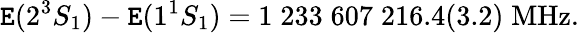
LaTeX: \mathtt{E}(2^{3}S_{1})-\mathtt{E}(1^{1}S_{1})=1\; 233\; 607\; 216.4(3.2)\; \mathrm{{MHz}}.